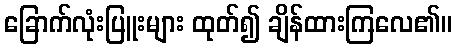
ခြောက်လုံးပြူးများ ထုတ်၍ ချိန်ထားကြလေ၏။